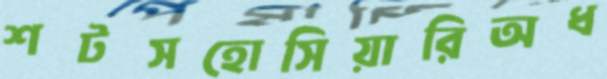
শটসহোসিয়ারিঅধ